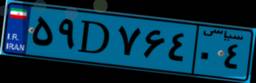
۸۶D۵۸۶۱۱